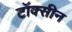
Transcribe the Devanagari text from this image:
टॉक्सीन